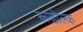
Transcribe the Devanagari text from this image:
रूडोल्क